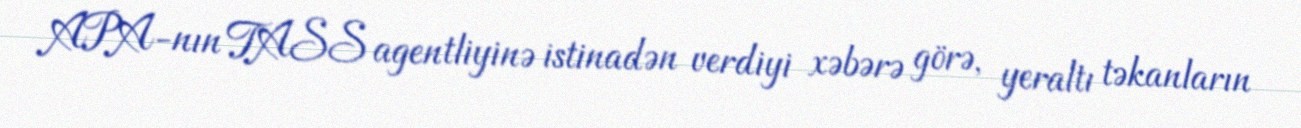
APA-nın TASS agentliyinə istinadən verdiyi xəbərə görə, yeraltı təkanların